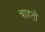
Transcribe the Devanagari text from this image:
चाहतों